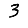
Digit: 3